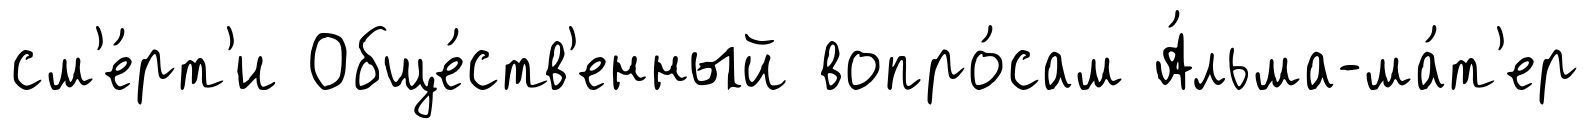
см'е́рт'и Обще́ств'енный вопро́сам А́льма-ма́т'ер